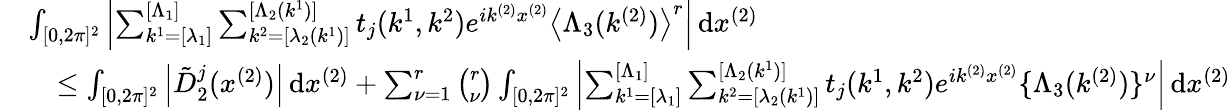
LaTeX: \begin{array}{rl}&{\int_{[0,2\pi]^{2}}\left\vert\sum_{k^{1}=[\lambda_{1}]}^{[\Lambda_{1}]}\sum_{k^{2}=[\lambda_{2}(k^{1})]}^{[\Lambda_{2}(k^{1})]}t_{j}(k^{1},k^{2})e^{ik^{(2)}x^{(2)}}\left\langle\Lambda_{3}(k^{(2)})\right\rangle^{r}\right\vert\, \textnormal{d}x^{(2)}}\\ &{\quad\leq\int_{[0,2\pi]^{2}}\left\vert\tilde{D}_{2}^{j}(x^{(2)})\right\vert\, \textnormal{d}x^{(2)}+\sum_{\nu=1}^{r}\binom{r}{\nu}\int_{[0,2\pi]^{2}}\left\vert\sum_{k^{1}=[\lambda_{1}]}^{[\Lambda_{1}]}\sum_{k^{2}=[\lambda_{2}(k^{1})]}^{[\Lambda_{2}(k^{1})]}t_{j}(k^{1},k^{2})e^{ik^{(2)}x^{(2)}}\{ \Lambda_{3}(k^{(2)})\} ^{\nu}\right\vert\, \textnormal{d}x^{(2)}}\end{array}